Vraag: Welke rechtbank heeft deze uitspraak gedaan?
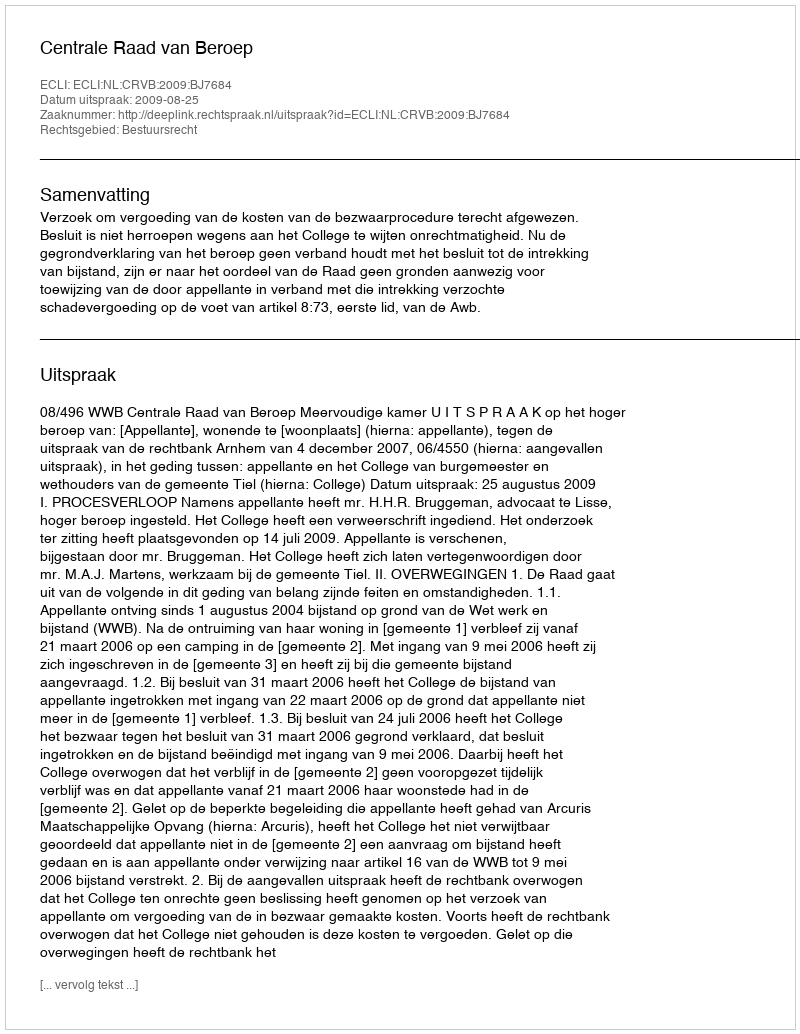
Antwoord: Centrale Raad van Beroep